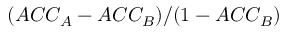
( A C C _ { A } - A C C _ { B } ) / ( 1 - A C C _ { B } )